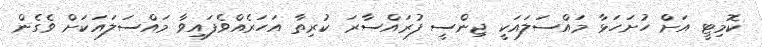
ކޮމިޓީ އަށް ހުށަހަޅާ މައްސަލައަކީ ޖިންސީ ފުރައްސާރަ ކުރިތާ އަހަރެއްވެފައިވާ މައްސަލައަކަށް ވެގެން